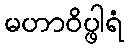
မဟာဝိပ္ဖါရံ